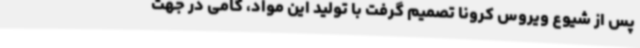
پس از شیوع ویروس کرونا تصمیم گرفت با تولید این مواد، گامی در جهت